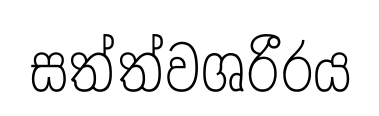
සත්ත්වශරීරය